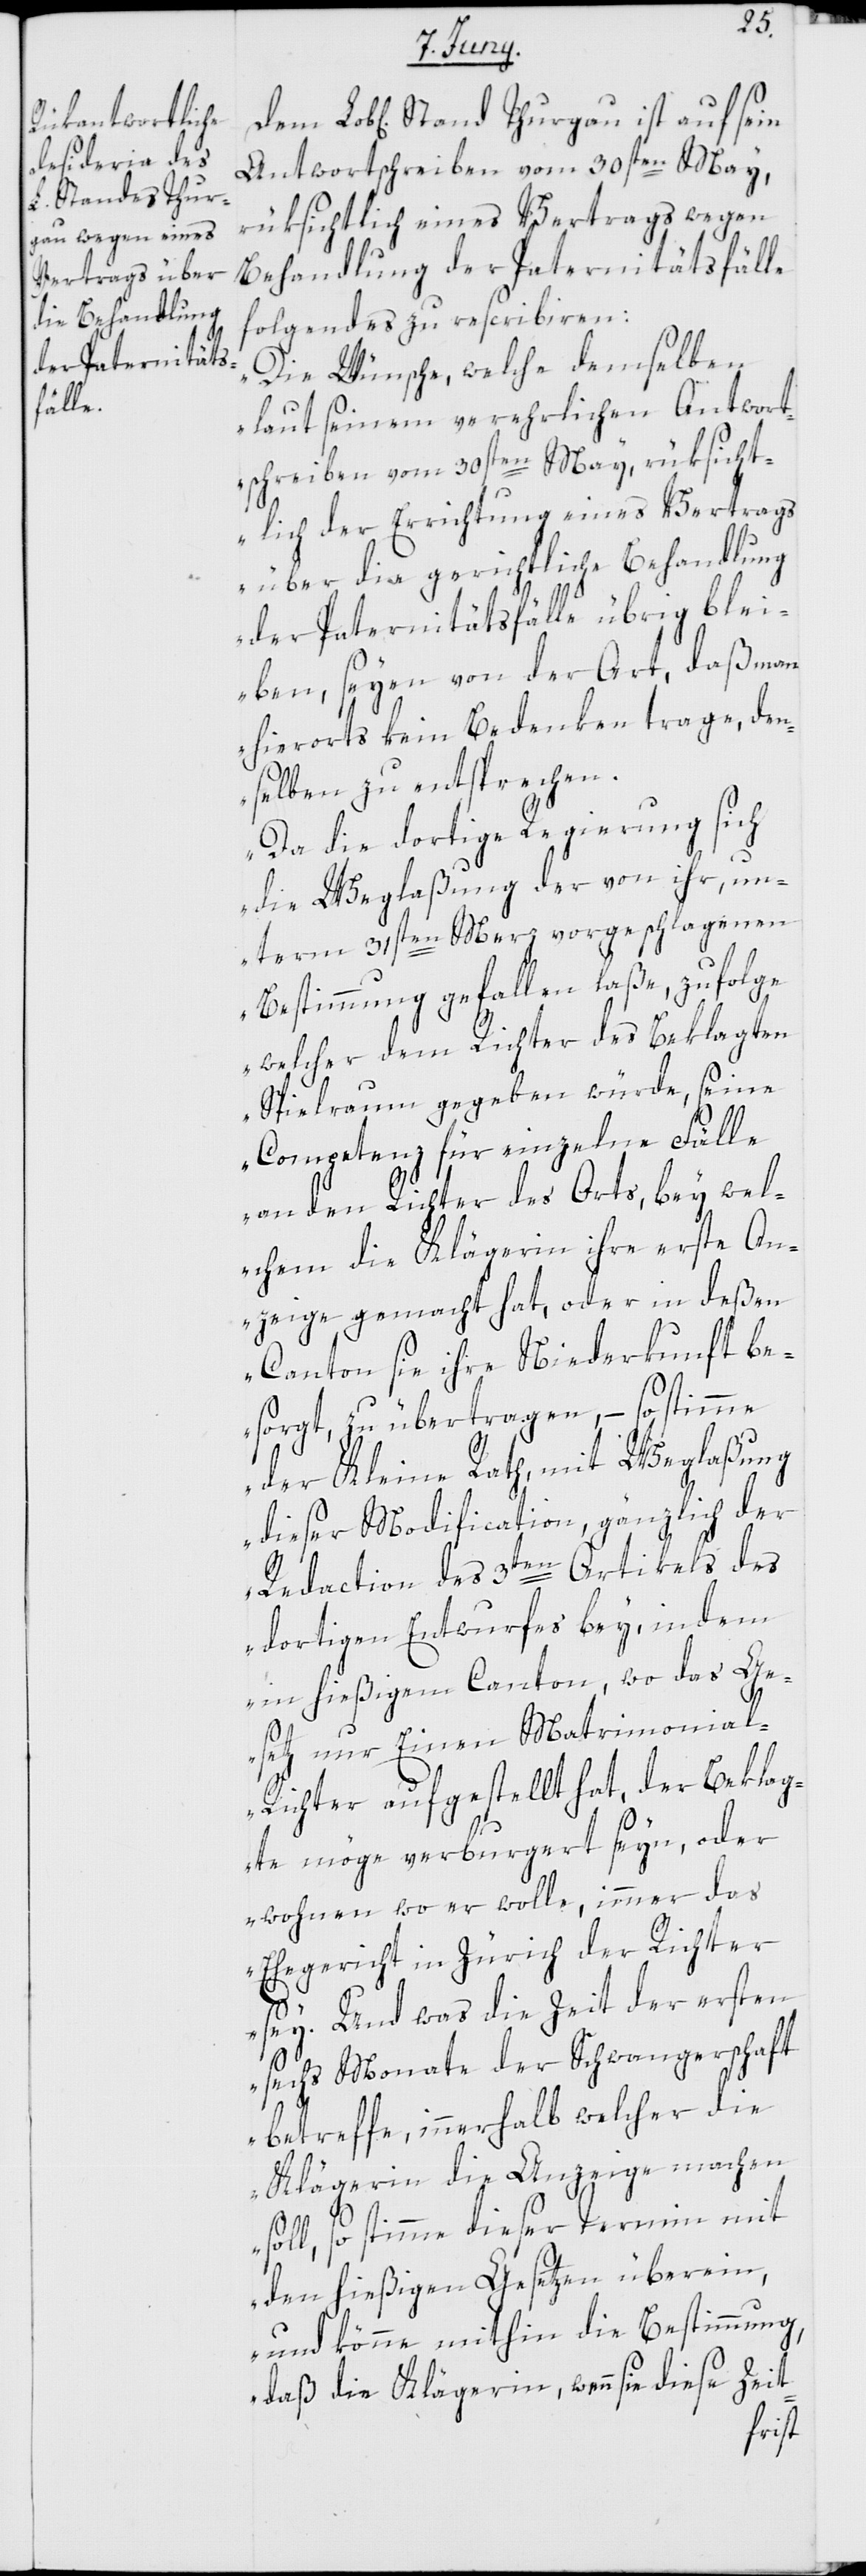
Antwortschreiben vom 30sten May,
rüksichtlich eines Vertrags wegen
Behandlung der Paternitätsfälle
folgendes zu rescribieren:
„Die Wünsche, welche demselben
laut seinem verehrlichen Antwort¬
schreiben vom 30sten May, rüksicht¬
lich der Errichtung eines Vertrags
über die gerichtliche Behandlung
der Paternitätsfälle übrig blei¬
ben, seyen von der Art, daß man
hierorts kein Bedenken trage, den¬
selben zu entsprechen.
Da die dortige Regierung sich
die Weglaßung der von ihr, un¬
term 31sten Merz vorgeschlagenen
Bestimmung gefallen laße, zufolge
welcher dem Richter des Beklagten
Spielraum gegeben würde, seine
Competenz für einzelne Fälle
an den Richter des Orts, bey wel¬
chem die Klägerin ihre erste An¬
zeige gemacht hat, oder in deßen
Canton sie ihre Niederkunft be¬
sorgt, zu übertragen, – so stimme
der Kleine Rath, mit Weglaßung
dieser Modification, gänzlich der
Redaction des 3ten Artikels des
dortigen Entwurfs bey, indem
in hießigem Canton, wo das Ge¬
setz nur einen Matrimonia¬
l-Richter aufgestellt hat, der Beklag¬
te möge verburgert seyn, oder
wohnen wo er wolle, immer das
Ehegericht in Zürich der Richter
sey. Und was die Zeit der ersten
sechs Monate der Schwangerschaft
betreffe, innerhalb welcher die
Klägerin die Anzeige machen
oll, so stimme dieser Termin mit
s¬
den hießigen Gesetzen überein,
und könne mithin die Bestimmung,
daß die Klägerin, wenn sie diese Zeit-
ist